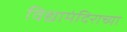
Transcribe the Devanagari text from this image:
विद्यामंदिराच्या